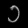
Digit: ၁